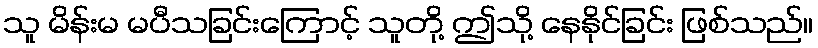
သူ မိန်းမ မပီသခြင်းကြောင့် သူတို့ ဤသို့ နေနိုင်ခြင်း ဖြစ်သည်။